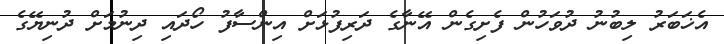
އެޚަބަރު ލިބުނު ދުވަހުން ފެށިގެން އޭނާގެ ދަރިފުޅަށް އިންސާފު ހޯދައި ދިނުމަށް ދުނިޔޭގެ